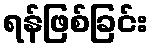
ရန်ဖြစ်ခြင်း